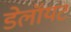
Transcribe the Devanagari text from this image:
डेलॉयट